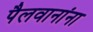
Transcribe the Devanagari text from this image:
पैलवानांना